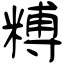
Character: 糐